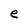
Character: e